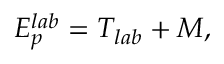
E _ { p } ^ { l a b } = T _ { l a b } + M ,